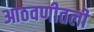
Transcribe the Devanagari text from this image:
आठवणीतली